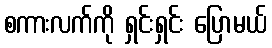
စကားလက်ကို ရှင်းရှင်း ပြောမယ်